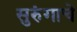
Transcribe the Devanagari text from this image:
सुरुंगाचे